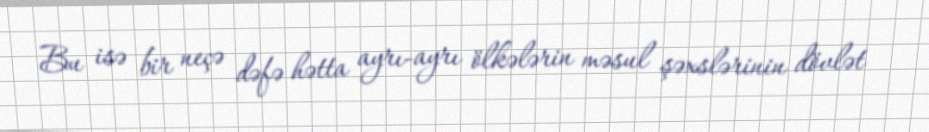
Bu isə bir neçə dəfə hətta ayrı-ayrı ölkələrin məsul şəxslərinin dövlət